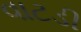
વાટડી